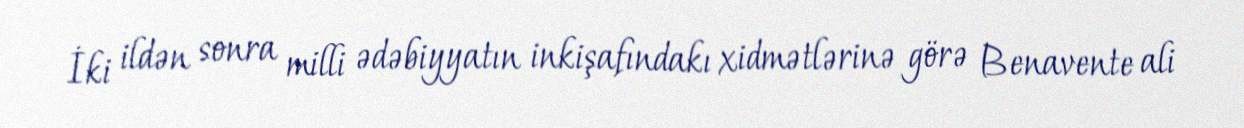
İki ildən sonra milli ədəbiyyatın inkişafındakı xidmətlərinə görə Benavente ali